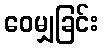
ဝေမျှခြင်း